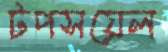
টপসয়েল